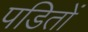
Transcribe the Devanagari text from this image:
पडितों